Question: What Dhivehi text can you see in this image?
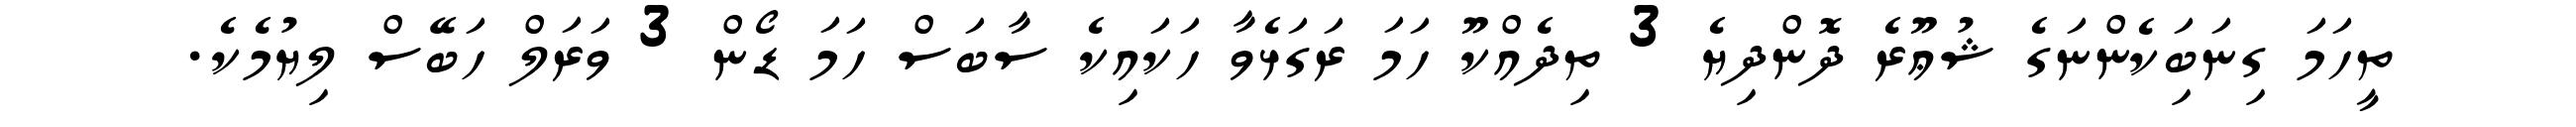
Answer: ތީހަމަ ގިނަބަިކެންނަގެ ޝުޢޫރެ ދޮންދިޔެ 3 ތިދެއްކޫ ހަމަ ރަގަޅެވާ ހަކައިކެ ސާބަސް ހަމަ ޑޯން 3 ވަރަލް ހަބޭސް ލިޔުމެކެ.